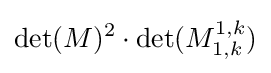
\det(M)^{2}\cdot \det(M_{1,k}^{1,k})